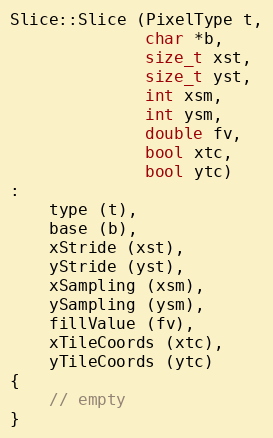
Language: C++
Slice::Slice (PixelType t,
              char *b,
              size_t xst,
              size_t yst,
              int xsm,
              int ysm,
              double fv,
              bool xtc,
              bool ytc)
:
    type (t),
    base (b),
    xStride (xst),
    yStride (yst),
    xSampling (xsm),
    ySampling (ysm),
    fillValue (fv),
    xTileCoords (xtc),
    yTileCoords (ytc)
{
    // empty
}